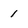
Character: 1